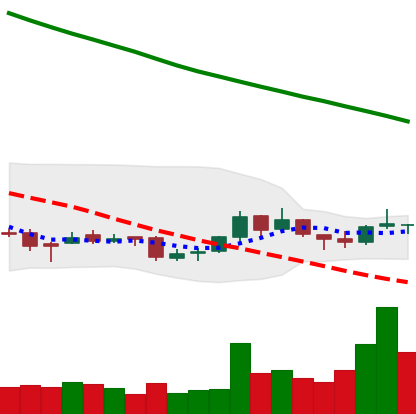
Ticker: NEO-USD
Chart end date: 2018-09-29
Forward return: -6.517%
Label: down_5_7